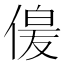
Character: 𫣋